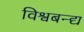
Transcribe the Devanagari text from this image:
विश्वबन्द्य